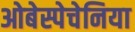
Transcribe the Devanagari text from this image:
ओबेस्पेचेनिया